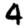
Digit: 4